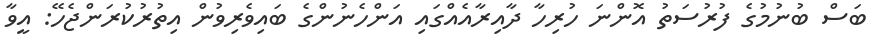
ބަސް ބުނުމުގެ ފުރުސަތު އޮންނަ ހުރިހާ ދާއިރާއެއްގައި އަންހެނުންގެ ބައިވެރިވުން އިތުރުކުރަންޖެހޭ: އީވާ